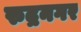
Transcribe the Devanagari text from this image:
रुद्रनगर